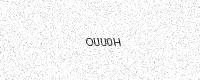
Text: OUU0H